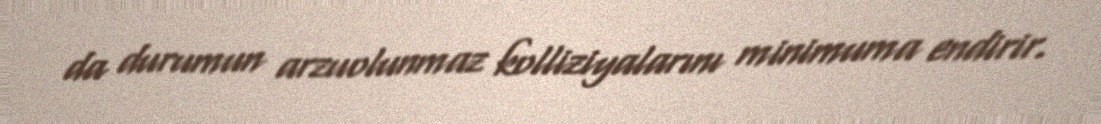
da durumun arzuolunmaz kolliziyalarını minimuma endirir.